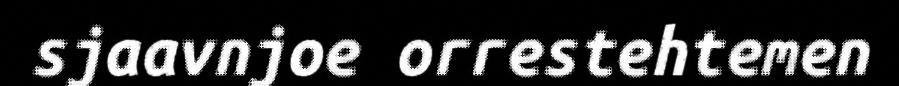
sjaavnjoe orrestehtemen